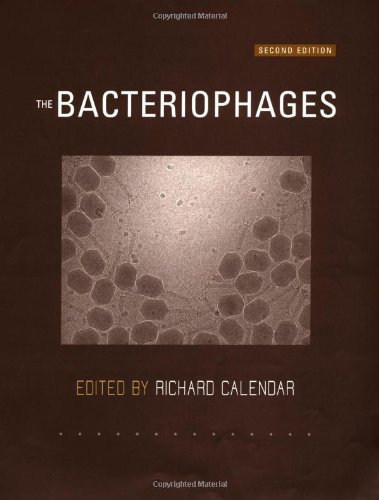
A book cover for The Bacteriophages; Stephen T. Abedon; Medical Books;